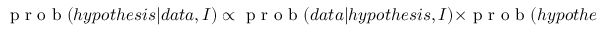
\mathrm { ~ p ~ r ~ o ~ b ~ } ( h y p o t h e s i s | d a t a , I ) \propto \mathrm { ~ p ~ r ~ o ~ b ~ } ( d a t a | h y p o t h e s i s , I ) \times \mathrm { ~ p ~ r ~ o ~ b ~ } ( h y p o t h e s i s | I ) .